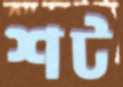
শট